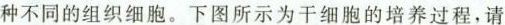
种不同的组织细胞。下图所示为干细胞的培养过程，请